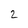
Character: 2